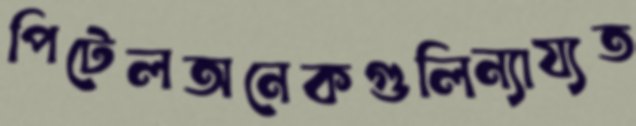
পিটেলঅনেকগুলিন্যায্যত